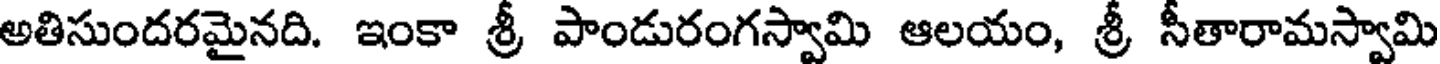
అతిసుందరమైనది. ఇంకా శ్రీ పాండురంగస్వామి ఆలయం, శ్రీ సీతారామస్వామి